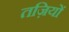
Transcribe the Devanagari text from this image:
तज़ियों